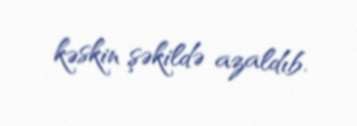
kəskin şəkildə azaldıb.